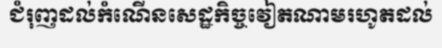
ជំរុញដល់កំណើនសេដ្ឋកិច្ចវៀតណាមរហូតដល់